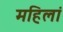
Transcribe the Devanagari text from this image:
महिलां